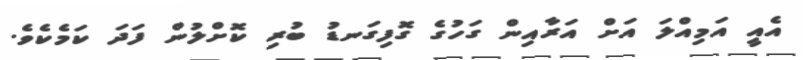
އެއީ އަމިއްލަ އަށް އަރާއިން ގަހުގެ ގޮފިގަނޑު ބުރި ކޮށްލުން ފަދަ ކަމެކެވެ.